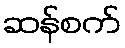
ဆန်စက်